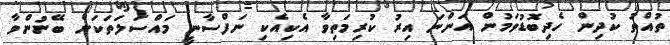
ތުއްތު ކުދިން ހެދިބޮޑުވަމުން އަންނަ އިރު ކުރިމަތިވާ އެކިއެކި ނަފްސާނީ މައްސަލަތަކަށް ބޭނުންވާ